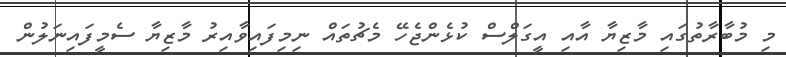
މި މުބާރާތުގައި މާޒިޔާ އާއި އީގަލްސް ކުޅެންޖެހޭ މެޗުތައް ނިމިފައިވާއިރު މާޒިޔާ ސެމީފައިނަލުން